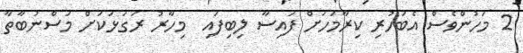
2 މަހުންވެސް އެބަހުރި ކިރާމަހަށް ފައިސާ ލިބިފައި  މިހާރު ރަގަޅަކަށް މަސްނުބާތާ